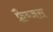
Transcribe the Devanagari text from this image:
फ़्रैब्जस